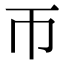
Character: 帀